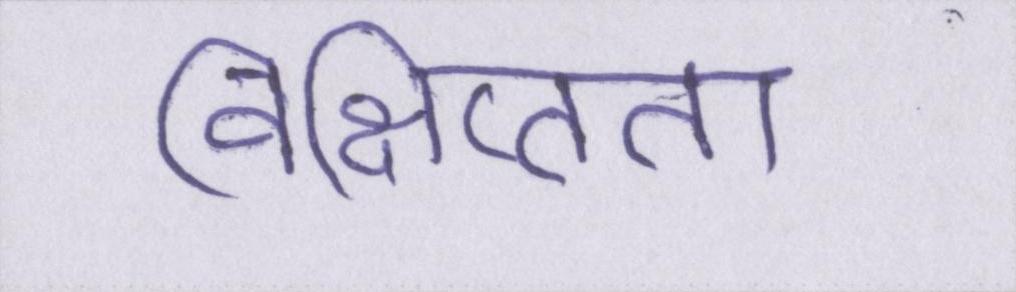
विक्षिप्तता